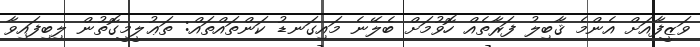
ވަޒީފާއަށް އެންމެ ޤާބިލު ފަރާތެއް ހޮވުމަށް ބެލޭނެ މައިގަނޑު ކަންތައްތައް: ތަޢުލީމީގޮތުން ލިބިފައިވާ